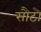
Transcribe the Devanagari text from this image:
सौटा